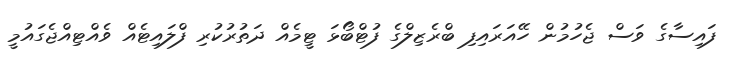
ފައިސާގެ ވަސް ޖެހުމުން ހޭއަރައިފި ބްރެޒިލްގެ ފުޓްބޯޅަ ޓީމެއް ދަތުރުކުރި ފްލައިޓެއް ވެއްޓިއްޖެގައުމީ